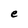
Character: e